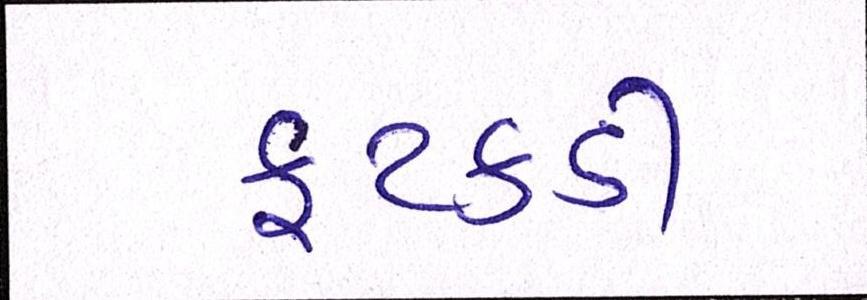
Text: ફટકડી